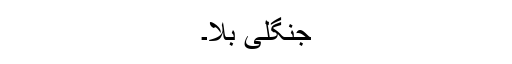
جنگلی بلا۔